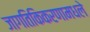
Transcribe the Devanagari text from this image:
जागतिकिकरणामधले